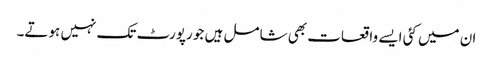
ان میں کئی ایسے واقعات بھی شامل ہیں جو رپورٹ تک نہیں ہوتے۔